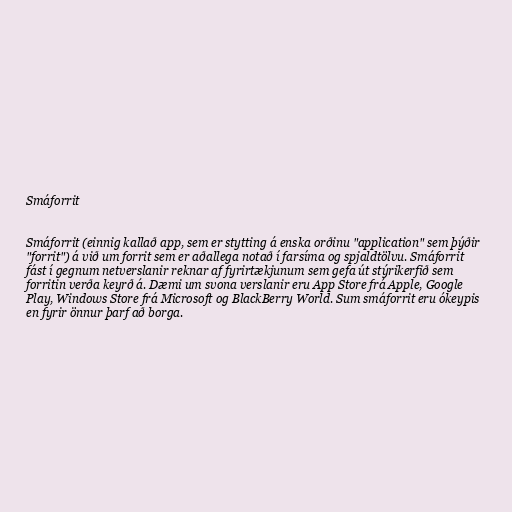
Smáforrit

Smáforrit (einnig kallað app, sem er stytting á enska orðinu "application" sem þýðir
"forrit") á við um forrit sem er aðallega notað í farsíma og spjaldtölvu. Smáforrit
fást í gegnum netverslanir reknar af fyrirtækjunum sem gefa út stýrikerfið sem
forritin verða keyrð á. Dæmi um svona verslanir eru App Store frá Apple, Google
Play, Windows Store frá Microsoft og BlackBerry World. Sum smáforrit eru ókeypis
en fyrir önnur þarf að borga.